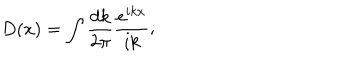
D ( x ) = \int \frac { d k } { 2 \pi } \frac { e ^ { i k x } } { i k } ;